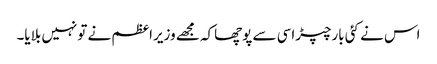
اس نے کئی بارچپڑاسی سے پوچھاکہ مجھے وزیراعظم نے تونہیں بلایا۔